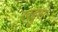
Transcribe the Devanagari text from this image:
खुद्दुस